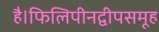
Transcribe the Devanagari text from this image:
है।फिलिपीनद्वीपसमूह